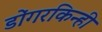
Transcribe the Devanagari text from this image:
डोंगरकिन्ही